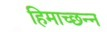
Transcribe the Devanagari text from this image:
हिमाच्छन्न